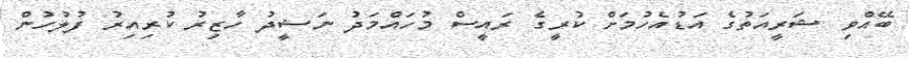
ބޭއްވި ޝަރީއަތުގެ އަޑުއެހުމަށް ކުރީގެ ރައީސް މުހައްމަދު ނަޝީދު ހާޒިރު ކުރިއިރު ފުލުހުން